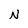
Character: N